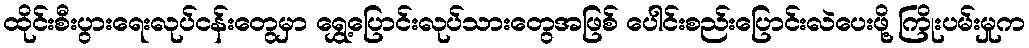
ထိုင်းစီးပွားရေးလုပ်ငန်းတွေမှာ ရွှေ့ပြောင်းလုပ်သားတွေအဖြစ် ပေါင်းစည်းပြောင်းလဲပေးဖို့ ကြိုးပမ်းမှုက